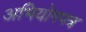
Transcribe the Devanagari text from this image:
अभियोगपत्र